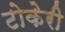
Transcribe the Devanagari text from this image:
टोकेरी